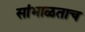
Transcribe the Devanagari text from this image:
सांभाळताच